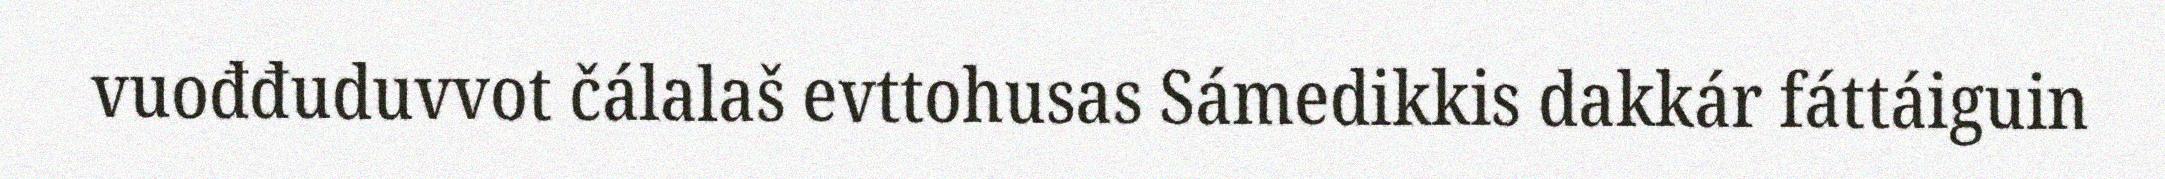
vuođđuduvvot čálalaš evttohusas Sámedikkis dakkár fáttáiguin